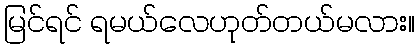
မြင်ရင် ရမယ်လေဟုတ်တယ်မလား။